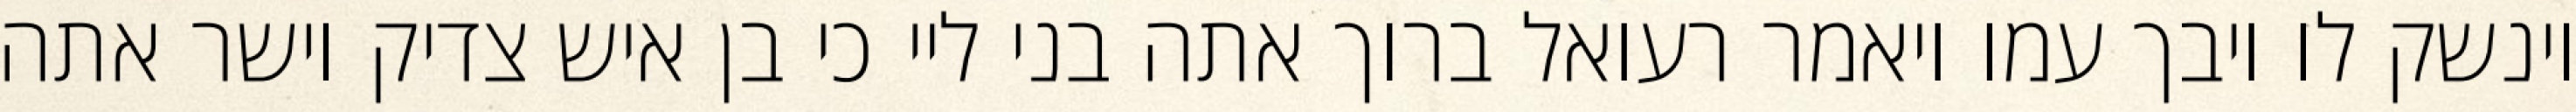
וינשק לו ויבך עמו ויאמר רעואל ברוך אתה בני ליי כי בן איש צדיק וישר אתה